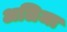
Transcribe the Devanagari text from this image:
अलिजा